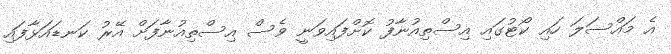
އެ މައްސަލަ ހައި ކޯޓުގައި އިސްތިއުނާފު ކޮށްފައިވަނީ ވެސް އިސްތިއުނާފަށް އޭރު ކަނޑައަޅާފައި